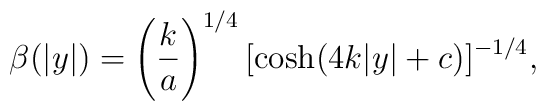
\beta(|y|)=\left(\frac{k}{a}\right)^{1/4} {[\cosh(4k|y|+c)]^{-1/4}},